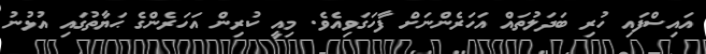
އައިސްފައި ހުރި ބަދަލުތައް އަހަރެންނަށް ފާހަގަވިއެވެ. މިއީ ކުރިން އަހަރެންގެ ޙަޔާތުގައި އުޅުނު